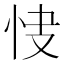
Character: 𢘦